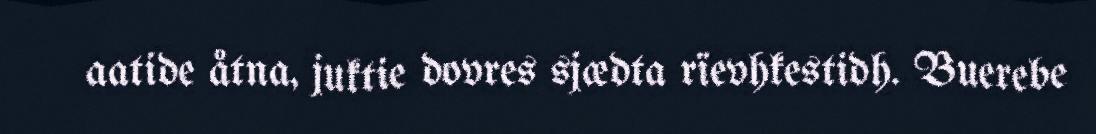
aatide åtna, juktie dovres sjædta rïevhkestidh. Buerebe